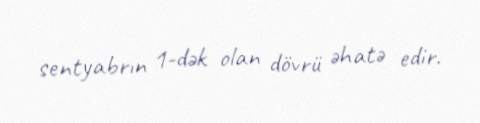
sentyabrın 1-dək olan dövrü əhatə edir.